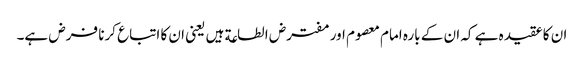
ان کا عقیدہ ہے کہ ان کے بارہ امام معصوم اور مفترض الطاعة ہیں یعنی ان کا اتباع کرنا فرض ہے۔